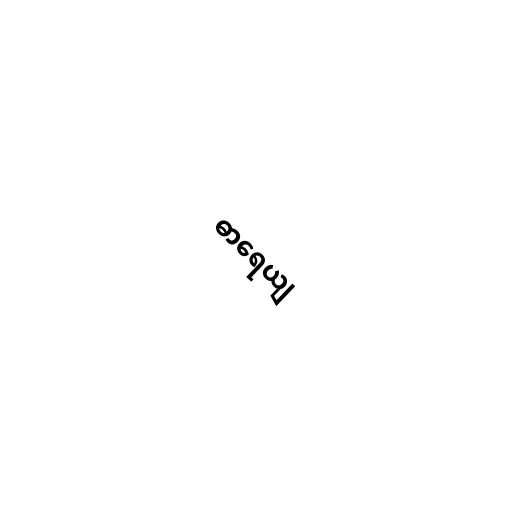
ဓာရေယျ